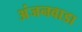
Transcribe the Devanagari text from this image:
अंजनवाडा